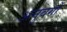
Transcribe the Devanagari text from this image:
अनुवर्गों